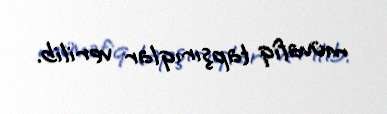
müvafiq tapşırıqlar verilib.